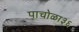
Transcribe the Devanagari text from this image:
पाचोळा३६